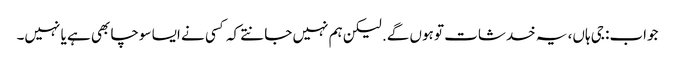
جواب: جی ہاں، یہ خدشات تو ہوں گے. لیکن ہم نہیں جانتے کہ کسی نے ایسا سوچا بھی ہے یا نہیں۔